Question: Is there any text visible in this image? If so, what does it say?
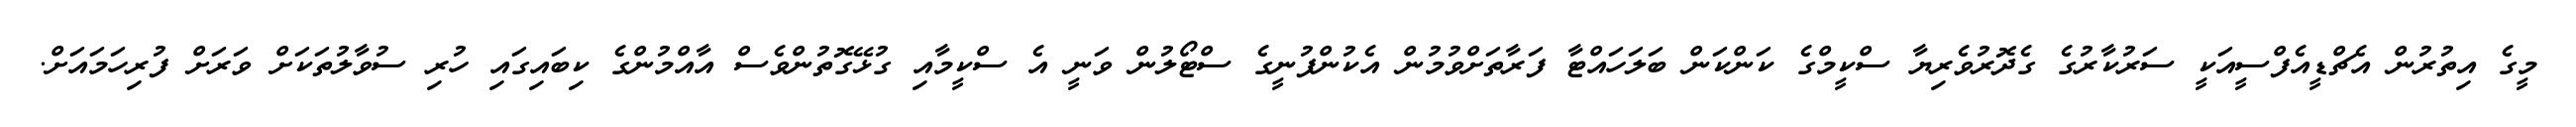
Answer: މީގެ އިތުރުން އެޗްޑީއެފްސީއަކީ ސަރުކާރުގެ ގެދޮރުވެރިޔާ ސްކީމްގެ ކަންކަން ބަލަހައްޓާ ފަރާތަށްވުމުން އެކުންފުނީގެ ސްޓޯލުން ވަނީ އެ ސްކީމާއި ގުޅޭގޮތުންވެސް އާއްމުންގެ ކިބައިގައި ހުރި ސުވާލުތަކަށް ވަރަށް ފުރިހަމައަށް.